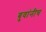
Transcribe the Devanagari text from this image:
बुवांनीच